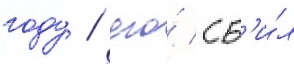
году / его́ сб'и́л